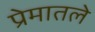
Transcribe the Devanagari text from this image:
प्रेमातले